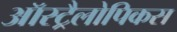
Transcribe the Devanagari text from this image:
ऑस्ट्रैलोपिकस